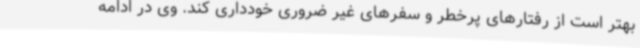
بهتر است از رفتارهای پرخطر و سفرهای غیر ضروری خودداری کند. وی در ادامه